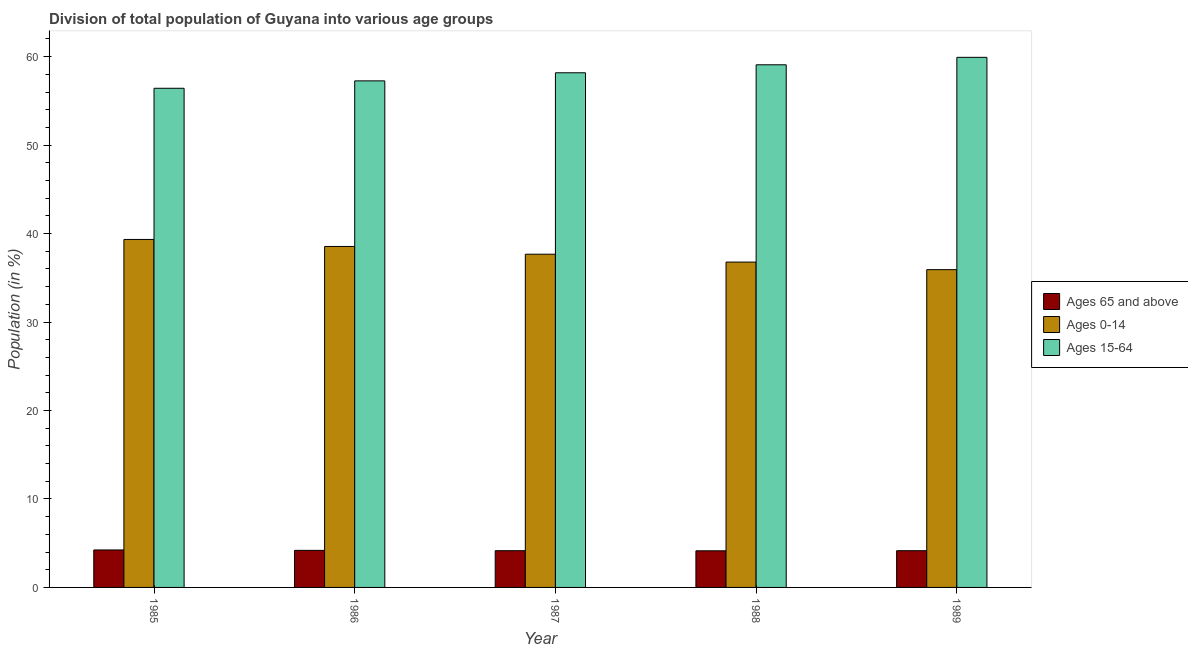
| Year | Ages 65 and above | Ages 0-14 | Ages 15-64 |
 | --- | --- | --- | --- |
 | 1985 | 4.24 | 39.3 | 56.4 |
 | 1986 | 4.19 | 38.5 | 57.3 |
 | 1987 | 4.15 | 37.7 | 58.2 |
 | 1988 | 4.14 | 36.8 | 59.1 |
 | 1989 | 4.15 | 35.9 | 59.9 |